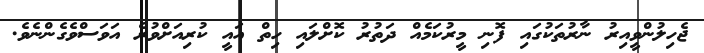
ޖެހިލުންވީއިރު ނާރުތަކުގައި ފޮނި މީރުކަމެއް ދަތުރު ކޮށްލައި ހިތް އައީ ކުރިއަށްވުރެ އަވަސްވެގެންނެވެ.